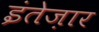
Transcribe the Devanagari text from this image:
इंतेज़ार